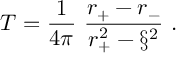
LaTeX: T = \frac { 1 } { 4 \pi } \ \frac { r _ { + } - r _ { - } } { r _ { + } ^ { 2 } - \S ^ { 2 } } \ .